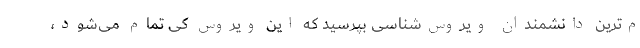
م‌ترین دانشمندان ویروس‌شناسی بپرسید که این ویروس کی تمام می‌شود،